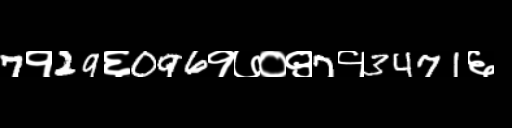
Text: 7१29६096१७०९7१3471६